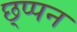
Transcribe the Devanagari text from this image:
छ्प्पन